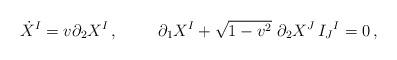
LaTeX: \begin{align*}\dot {X}^I = v\partial_2 X^I\, ,\hskip 1.0truecm\partial_1 X^I + \sqrt {1-v^2}\ \partial_2X^J\, I_J{}^I=0\, ,\end{align*}